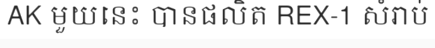
AK មួយនេះ បានផលិត REX-1 សំរាប់